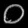
Digit: ၀